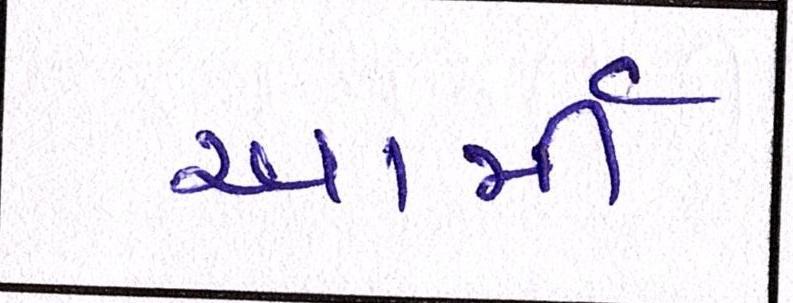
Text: આર્મી